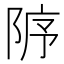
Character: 𨹘